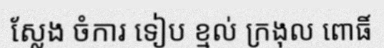
ស្លែង ចំការ ទៀប ខ្មល់ ក្រងុល ពោធិ៍